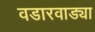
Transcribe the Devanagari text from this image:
वडारवाड्या